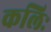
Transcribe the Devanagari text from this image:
कलिः